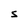
Character: S